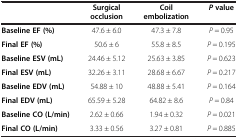
<table><thead><tr><td><b> </b></td><td><b>Surgical occlusion</b></td><td><b>Coil embolization</b></td><td><b><i>P </i>value</b></td></tr></thead><tbody><tr><td><b>Baseline EF (%)</b></td><td>47.6 ± 6.0</td><td>47.3 ± 7.8</td><td><i>P</i> = 0.95</td></tr><tr><td><b>Final EF (%)</b></td><td>50.6 ± 6</td><td>55.8 ± 8.5</td><td><i>P</i> = 0.195</td></tr><tr><td><b>Baseline ESV (mL)</b></td><td>24.46 ± 5.12</td><td>25.63 ± 3.85</td><td><i>P</i> = 0.623</td></tr><tr><td><b>Final ESV (mL)</b></td><td>32.26 ± 3.11</td><td>28.68 ± 6.67</td><td><i>P</i> = 0.217</td></tr><tr><td><b>Baseline EDV (mL)</b></td><td>54.88 ± 10</td><td>48.88 ± 5.41</td><td><i>P</i> = 0.164</td></tr><tr><td><b>Final EDV (mL)</b></td><td>65.59 ± 5.28</td><td>64.82 ± 8.6</td><td><i>P</i> = 0.84</td></tr><tr><td><b>Baseline CO (L/min)</b></td><td>2.62 ± 0.66</td><td>1.94 ± 0.32</td><td><i>P</i> = 0.021</td></tr><tr><td><b>Final CO (L/min)</b></td><td>3.33 ± 0.56</td><td>3.27 ± 0.81</td><td><i>P</i> = 0.885</td></tr></tbody></table>